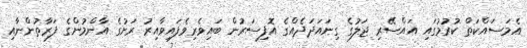
އެމަސައްކަތް ކުރުމުގައި އައްސޭރި ޖަލުގެ ގިނައަދަދެއްގެ އޮފިސަރުން ބައިވެރިވެފައިވާއިރު ރަށުގެ އާންމުންގެ ފަރާތުންނާއި